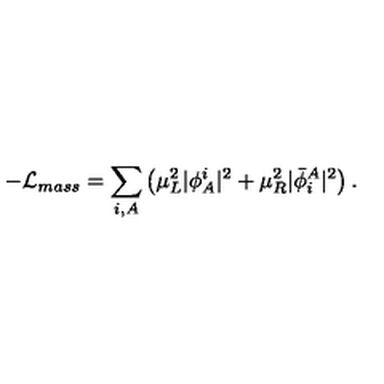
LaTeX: - { \cal L } _ { m a s s } = \sum _ { i , A } \left( \mu _ { L } ^ { 2 } \vert \phi _ { A } ^ { i } \vert ^ { 2 } + \mu _ { R } ^ { 2 } \vert { \bar { \phi } } _ { i } ^ { A } \vert ^ { 2 } \right) .